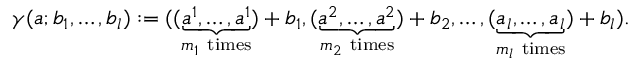
\gamma ( a ; b _ { 1 } , \ldots , b _ { l } ) : = ( ( \underbrace { a ^ { 1 } , \ldots , a ^ { 1 } } _ { m _ { 1 } { \ \mathrm { t i m e s } } } ) + b _ { 1 } , ( \underbrace { a ^ { 2 } , \ldots , a ^ { 2 } } _ { m _ { 2 } { \ \mathrm { t i m e s } } } ) + b _ { 2 } , \ldots , ( \underbrace { a _ { l } , \ldots , a _ { l } } _ { m _ { l } { \ \mathrm { t i m e s } } } ) + b _ { l } ) .